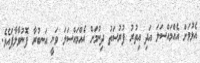
އެޅުމަށް އެއްމައްސަލަ އަދި އިތުރު ފުރުސަތު ދިނުމަށް އެއްމައްސަލަ ވަނީ އަނބުރާ ފޮނުވާލާފައެވެ.